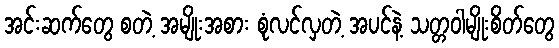
အင်းဆက်တွေ စတဲ့ အမျိုးအစား စုံလင်လှတဲ့ အပင်နဲ့ သတ္တဝါမျိုးစိတ်တွေ